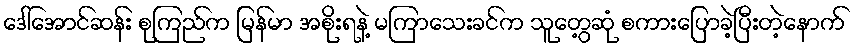
ဒေါ်အောင်ဆန်း စုကြည်က မြန်မာ အစိုးရနဲ့ မကြာသေးခင်က သူတွေ့ဆုံ စကားပြောခဲ့ပြီးတဲ့နောက်